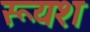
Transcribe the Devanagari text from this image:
रूयश